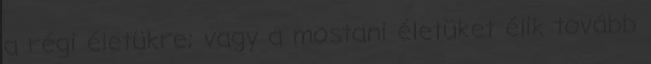
a régi életükre; vagy a mostani életüket élik tovább